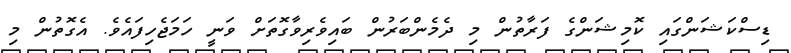
ޑިސްކަޝަންގައި ކޮމިޝަންގެ ފަރާތުން މި ދެމެންބަރުން ބައިވެރިވާގޮތަށް ވަނީ ހަމަޖެހިފައެވެ. އެގޮތުން މި